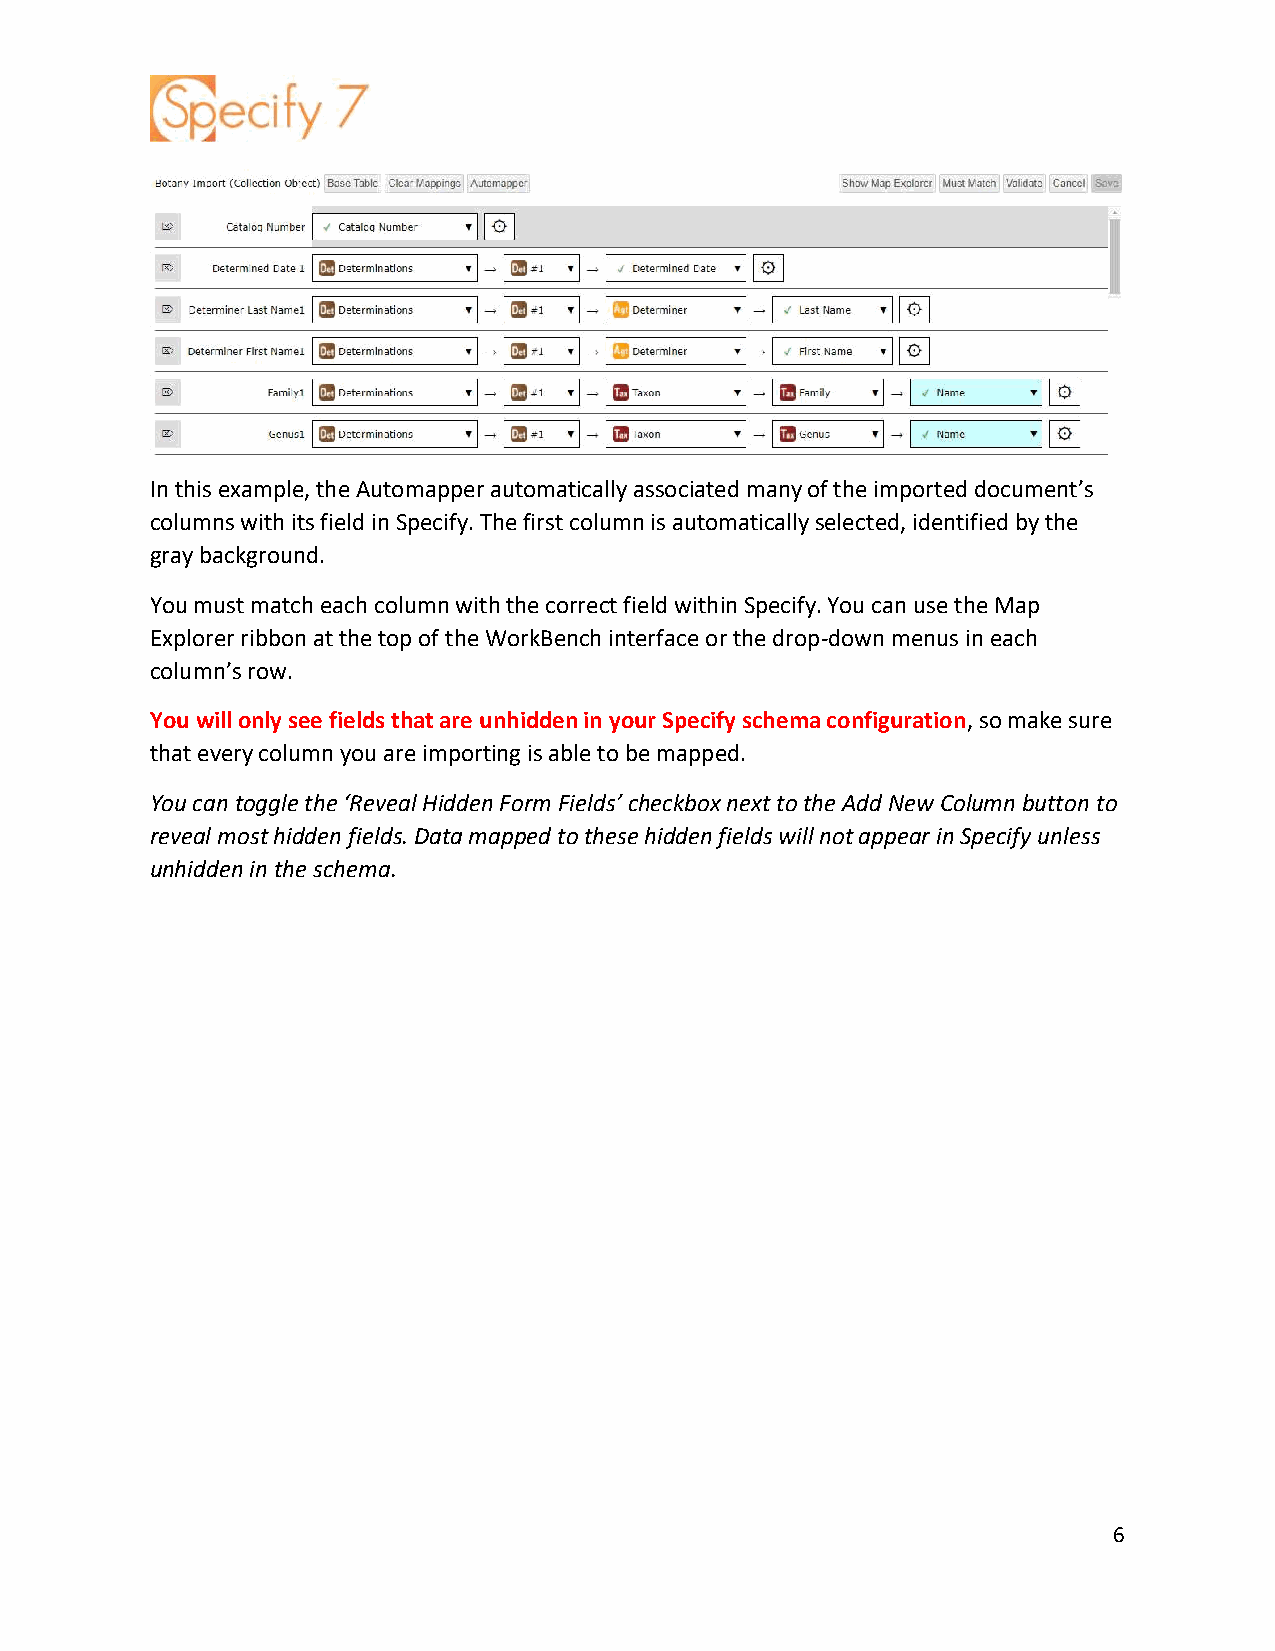
In this example, the Automapper automatically associated many of the imported document’s
 columns with its field in Specify. The first column is automatically selected, identified by the
 gray background.
 You must match each column with the correct field within Specify. You can use the Map
 Explorer ribbon at the top of the WorkBench interface or the drop-down menus in each
 column’s row.
 You will only see fields that are unhidden in your Specify schema configuration, so make sure
 that every column you are importing is able to be mapped.
 You can toggle the ‘Reveal Hidden Form Fields’ checkbox next to the Add New Column button to
 reveal most hidden fields. Data mapped to these hidden fields will not appear in Specify unless
 unhidden in the schema.
 6